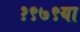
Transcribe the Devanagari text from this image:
१९७९या